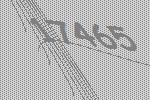
17465